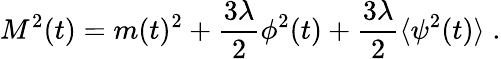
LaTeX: M^{2}(t)=m(t)^{2}+\frac{3\lambda}{2}\phi^{2}(t)+\frac{3\lambda}{2}\langle\psi^{2}(t)\rangle\; .